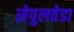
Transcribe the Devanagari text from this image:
सेपुलवेडा